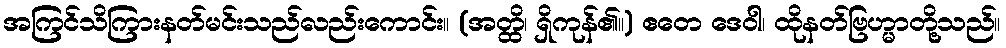
အကြင်သိကြားနတ်မင်းသည်လည်းကောင်း။ (အတ္ထိ၊ ရှိကုန်၏။) ဧတေ ဒေဝါ၊ ထိုနတ်ဗြဟ္မာတို့သည်။